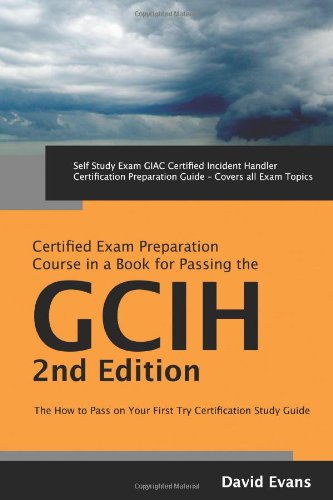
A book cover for GIAC Certified Incident Handler Certification (GCIH) Exam Preparation Course in a Book for Passing the GCIH Exam - The How To Pass on Your First Try Certification Study Guide - Second Edition; David Evans; Computers & Technology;